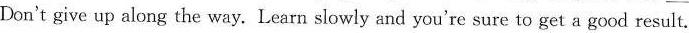
Don't give up along the way.Learn slowly and you're sure to get a good result.